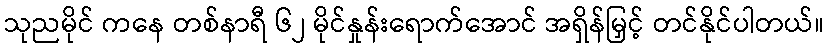
သုညမိုင် ကနေ တစ်နာရီ ၆၂ မိုင်နှုန်းရောက်အောင် အရှိန်မြှင့် တင်နိုင်ပါတယ်။